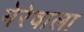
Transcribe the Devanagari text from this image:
मेरेवाला